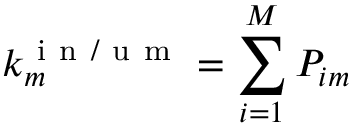
k _ { m } ^ { \mathrm { ~ i ~ n ~ / ~ u ~ m ~ } } = \sum _ { i = 1 } ^ { M } P _ { i m }